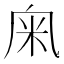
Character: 𥸫